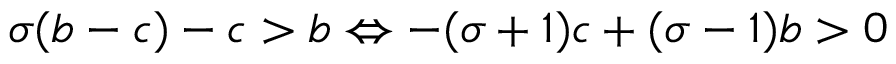
\sigma ( b - c ) - c > b \Leftrightarrow - ( \sigma + 1 ) c + ( \sigma - 1 ) b > 0